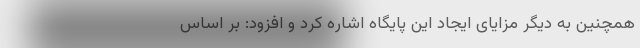
همچنین به دیگر مزایای ایجاد این پایگاه اشاره کرد و افزود: بر اساس